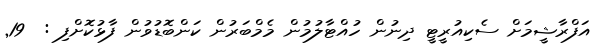
އަފްރާޝީމަށް ސެކިއުރީޓީ ދިނުން ހުއްޓާލުމުން މެމްބަރުން ކަންބޮޑުވުން ފާޅުކޮށްފި :  19